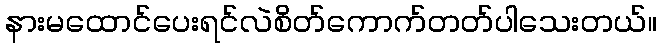
နားမထောင်ပေးရင်လဲစိတ်ကောက်တတ်ပါသေးတယ်။